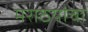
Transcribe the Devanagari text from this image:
मराठयांचा